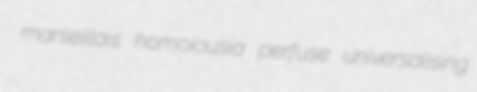
marseillais homoiousia perfuse universalising